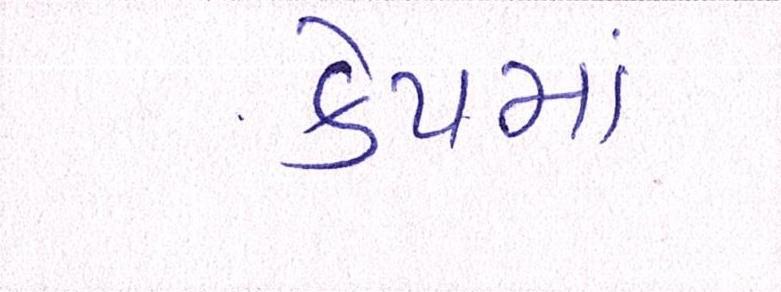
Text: કેપમાં